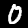
Digit: 0